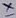
Text: +